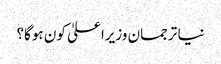
نیا ترجمان وزیراعلیٰ کون ہوگا؟